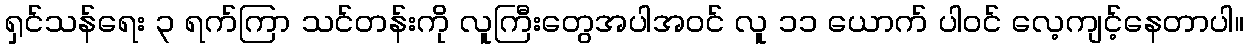
ရှင်သန်ရေး ၃ ရက်ကြာ သင်တန်းကို လူကြီးတွေအပါအဝင် လူ ၁၁ ယောက် ပါဝင် လေ့ကျင့်နေတာပါ။